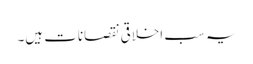
یہ سب اخلاقی نقصانات ہیں۔